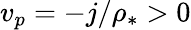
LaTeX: v_{p}=-j/\rho_{*}>0